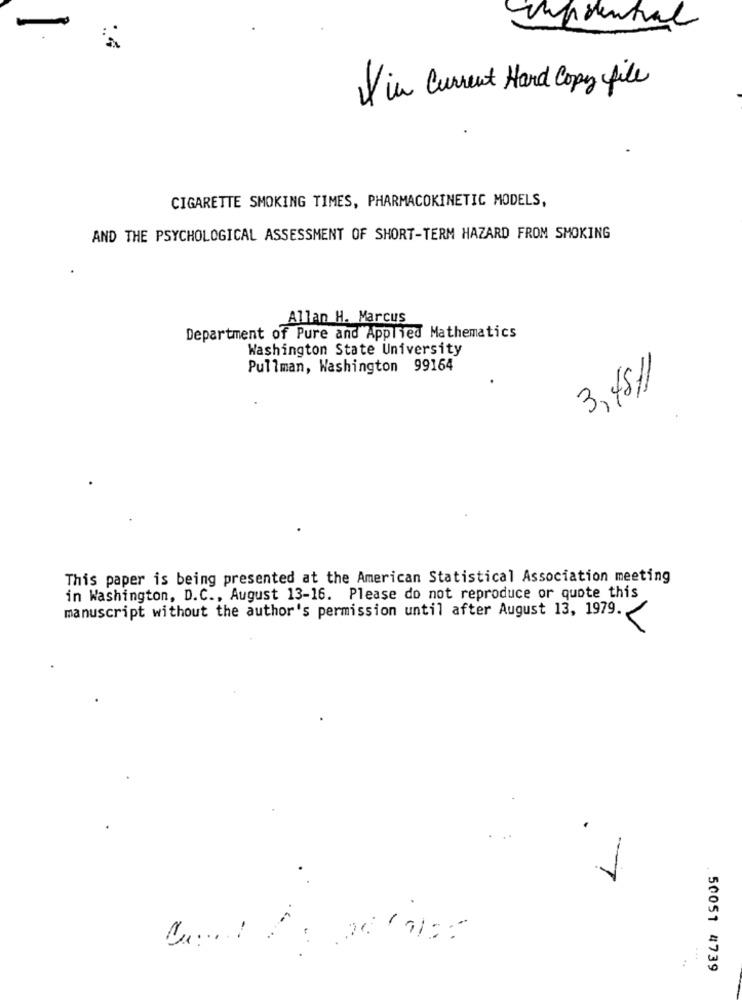
Vipdental
-
Via Current Hard Copy file
CIGARETTE SMOKING TIMES, PHARMACOKINETIC MODELS,
AND THE PSYCHOLOGICAL ASSESSMENT OF SHORT-TERM HAZARD FROM SMOKING
Allan H. Marcus
Department of Pure and Applied Mathematics
Washington State University
Pullman, Washington 99164
3, 48/1
This paper is being presented at the American Statistical Association meeting
in Washington, D.C ., August 13-16. Please do not reproduce or quote this
manuscript without the author's permission until after August 13, 1979.
V
7
. .
50051 4739